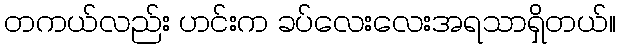
တကယ်လည်း ဟင်းက ခပ်လေးလေးအရသာရှိတယ်။